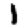
Digit: 1